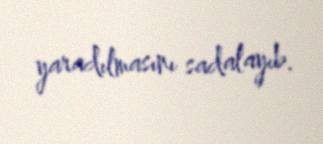
yaradılmasını sadalayıb.